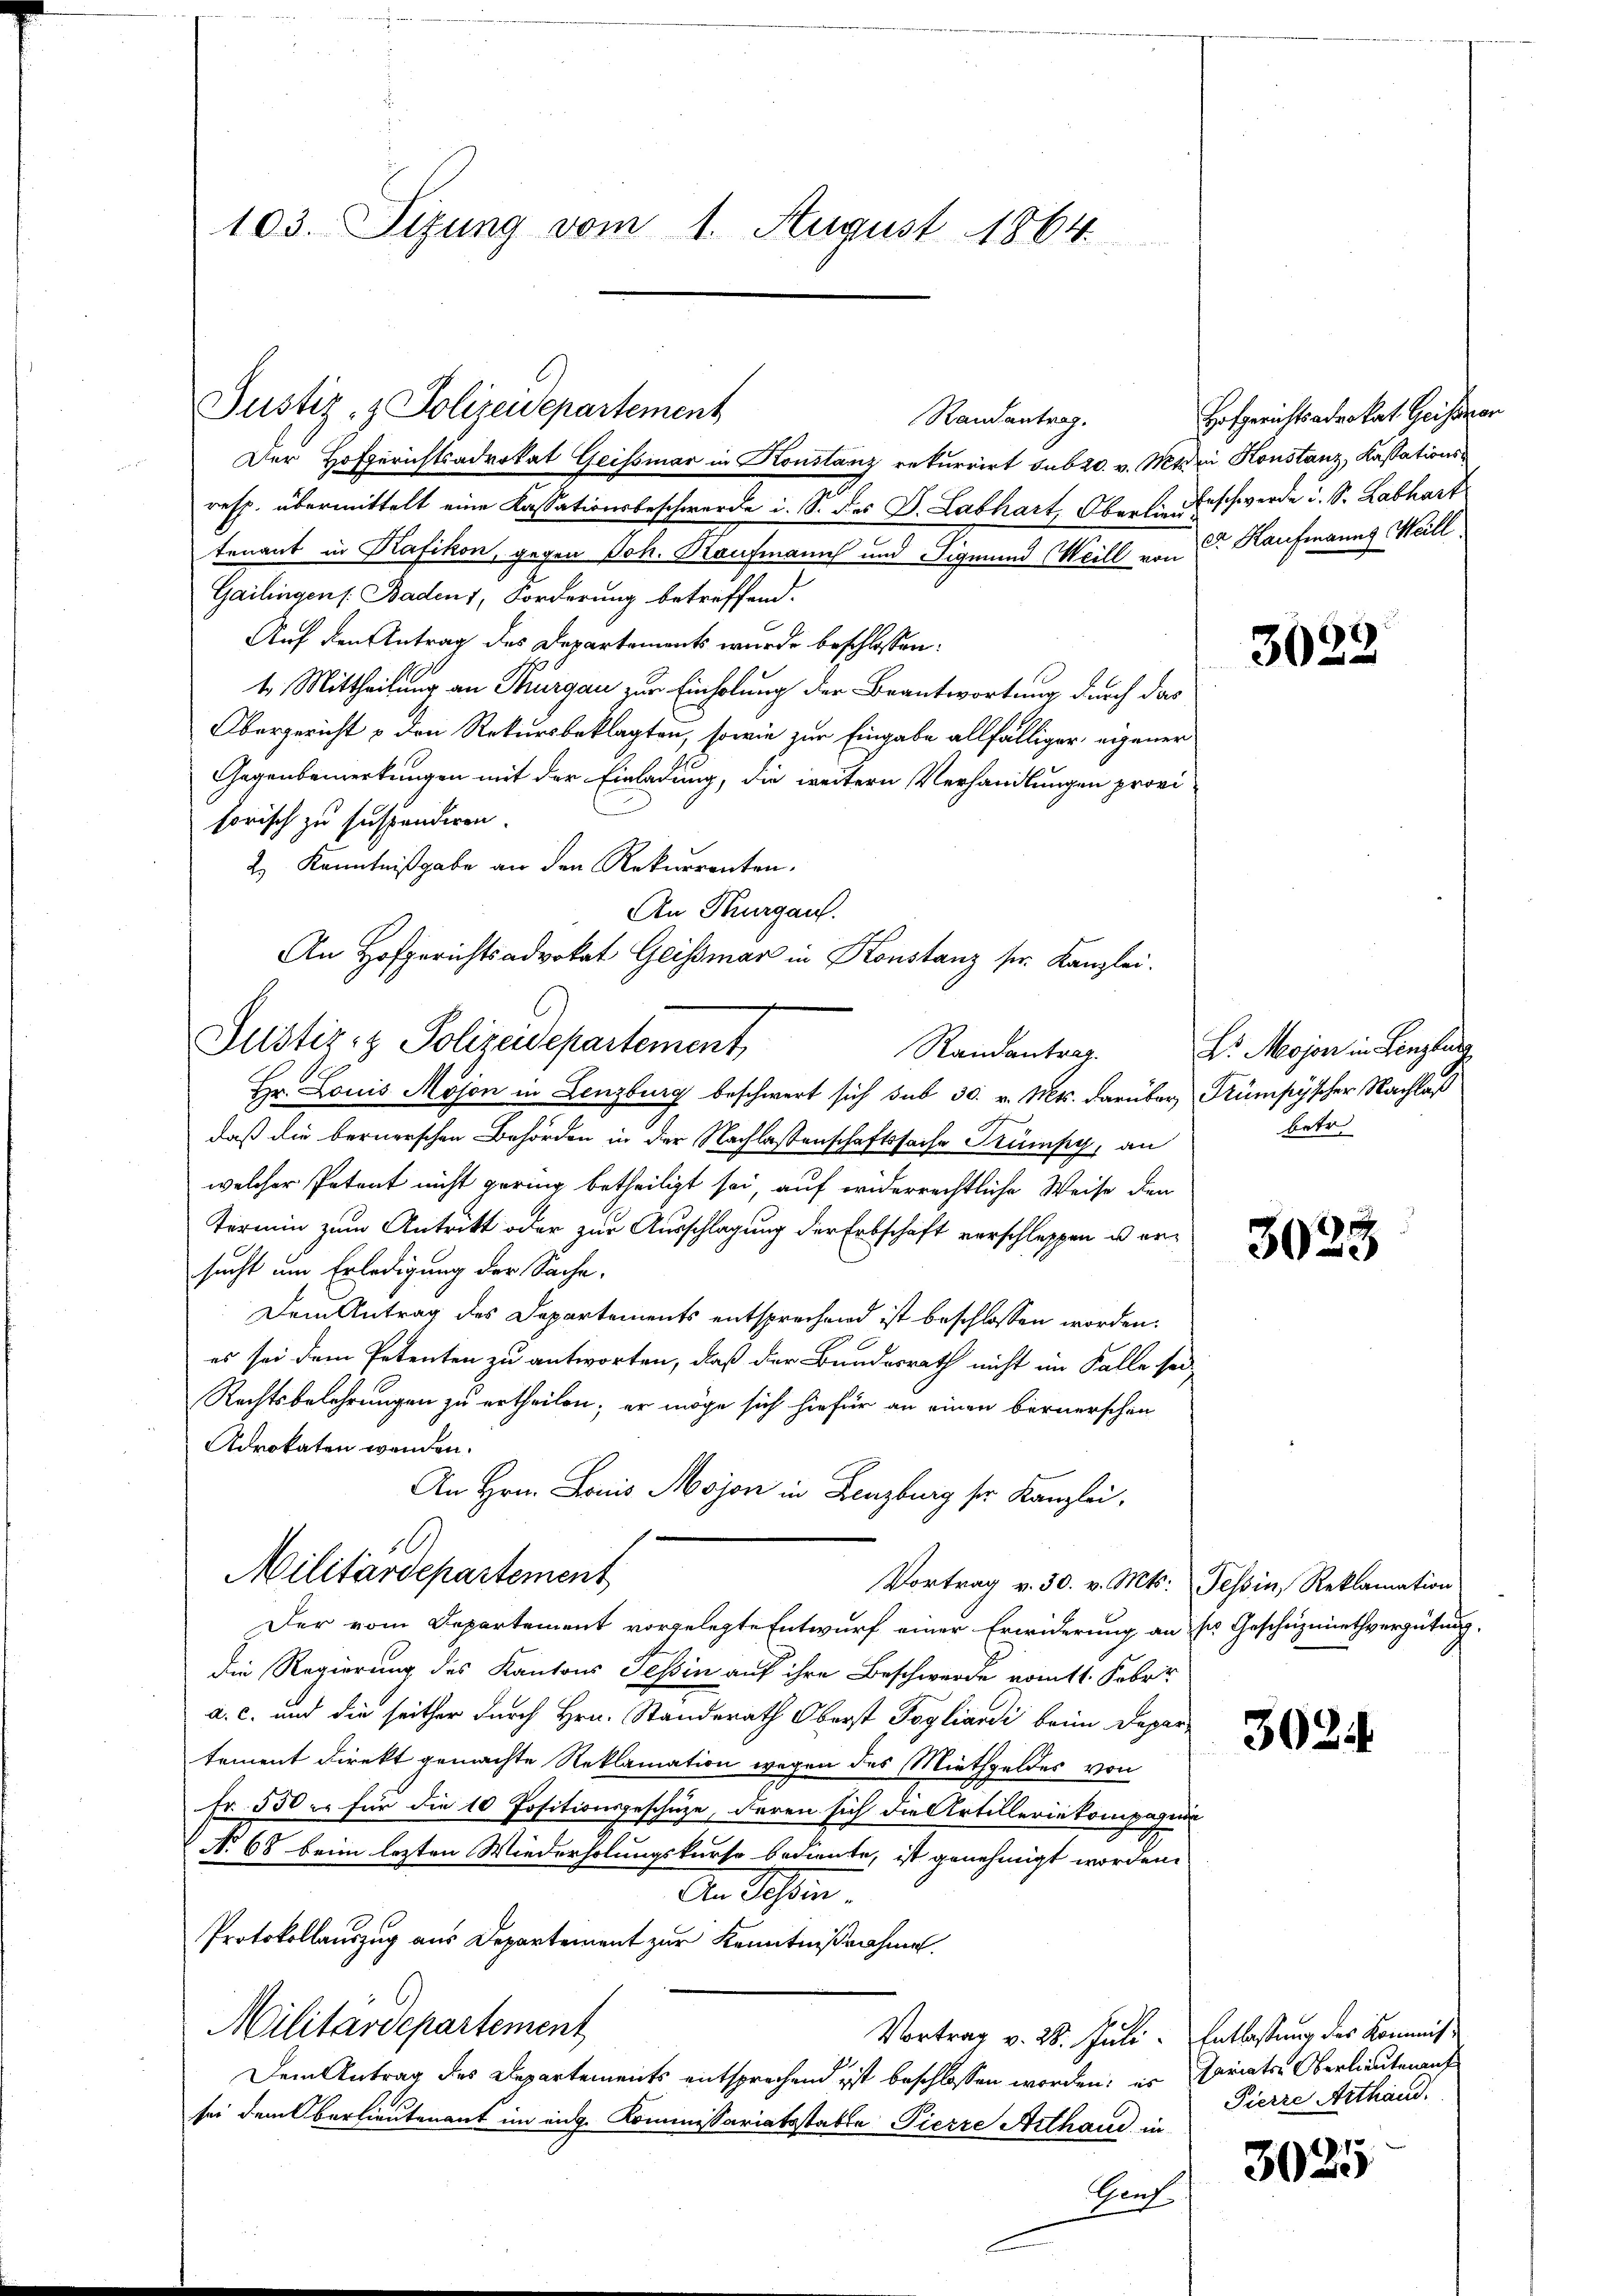
Justiz- & Polizeidepartement
Der Hofgerichtsadvokat Geissinar in Konstanz rekurrirt sub 20. v. Mtdrei Konstanz, Kassations¬

An Hofgerichtsadvokat Geißmar in Konstanz sr. Kanzlei.
Justiz- & Polizeidepartement

103. Sizung vom 1. August 1864.

resp. übermittelt eine Kassationsbeschwerde i. S. des D. Labhart, Obers. Geschwerde u. S. Labhart
tenant in Kafikon, gegen Joh. Kaufmann und Sigmund Weill von Sr. Kaufmanns Weill
Gailingen /: Baden, Forderung betreffend.
Auf den Antrag des Departements wurde beschlossen:
1. Mittheilung an Thurgau zur Einholung der Beantwortung durch das
Obergericht & den Rekursbeklagten, sowie zur Eingabe allfälliger eigener
Gegenbemerkungen mit der Einladung, die weitern Verhandlungen provi
sorisch zu suspendiren.
2.) Kenntnißgabe an den Rekurrenten.
An Thurgau.
Hr. Louis Möson in Lenzburg beschwert sich sub 30. v. Mts. darüber, Trümpyscher Nachlaß
daß die bernerschen Behörden in der Nachlassenschaftssache Trümpy, an
welcher Petent nicht gering betheiligt sei, auf widerrechtliche Weise den
Termin zum Antritt oder zur Ausschlagung der Erbschaft verschlossen u. ersucht um Erledigung der Sache.
Dem Antrag des Departements entsprechend ist beschlossen worden.
es sei dem Petenten zu antworten, daß der Bundesrath nicht im Falle sei,
Rechtsbelehrungen zu ertheilen; er möge sich hiefür an einen bernerschen
Adrokaten worden.
An Hrn. Louis Mojon in Lenzburg sr Kanzlei,
.
Militärdepartement
Vortrag v. 30. v. Mts. Tessin, Reklamation
Der vom Departement vorgelegte Entwurf einer Erwiderung an sie Geschüzmiethvergütung.
die Regierung des Kantons Tessin auf ihre Beschwerde romtt. Febru
a. c. und die seither durch Hrn. Standerath Oberst Pogliardi beim Depar
tement Direkt gemachte Reklamation wegen des Miethgeldes von
Fr. 550 er für die 10 Positionsgeschüze, deren sich die Artilleriekompagni
No 68 beim lezten Wiederholungskurso bediente, ist genehmigt worden.
An Achten.
Protokollauszug aus Departement zur Kenntnißnahme.
Militärdepartement
Vortrag v. 28. Juli. Entlastung des Kommis
Dem Antrag des Departements entsprechend ist beschlossen worden; es Mariats Oberlieutenauf
sei dem Oberlieutenant im eige Kommissariatsstatte Pierre Arthand in
Genf

Randantrag.

Randantrag.

Hofgerichtsadrokat Geission

3022

Dr. Mojon in Lenzlis
betr.

3023

3024

Pierre Arthand.

3025